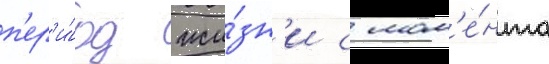
п'ер'и́од жи́зн'и с мом'е́нта